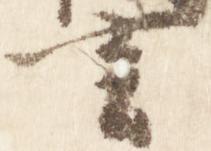
言